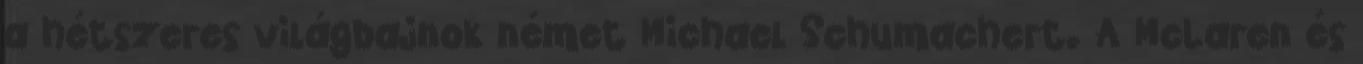
a hétszeres világbajnok német Michael Schumachert. A McLaren és